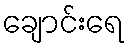
ချောင်းရေ